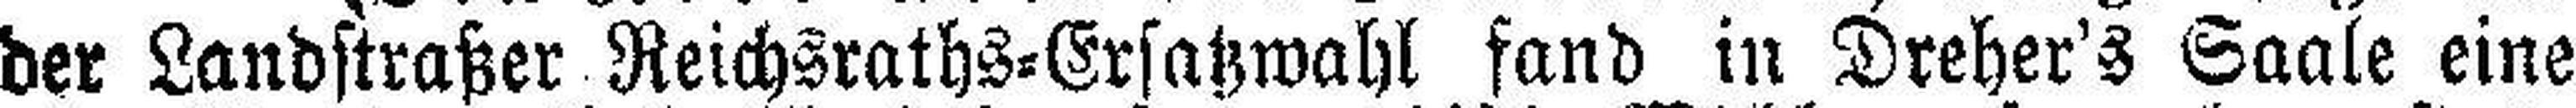
der Landstraßer Reichsraths=Ersatzwahl fand in Dreher's Saale eine